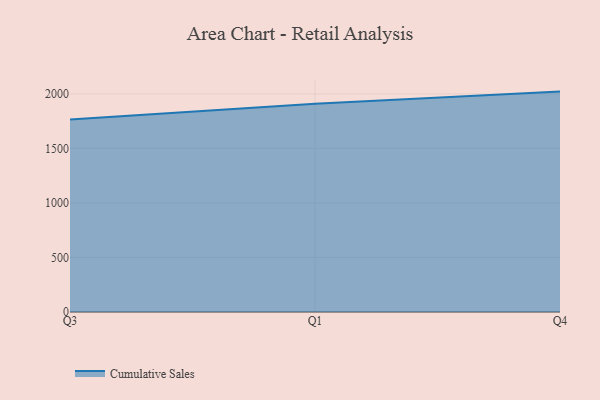
{"axis": {"x": "Quarter", "y": "LTV (USD)"}, "legend": ["Cumulative Sales"], "data": [{"x": "Q3", "y": 1764.7, "type": "Cumulative Sales"}, {"x": "Q1", "y": 1910.4, "type": "Cumulative Sales"}, {"x": "Q4", "y": 2020.9, "type": "Cumulative Sales"}]}